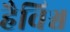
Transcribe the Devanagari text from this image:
हैविश्व